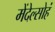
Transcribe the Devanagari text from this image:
मेंदेल्सोहं